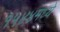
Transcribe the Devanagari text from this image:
१५४४मध्ये